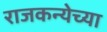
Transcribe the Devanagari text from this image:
राजकन्येच्या